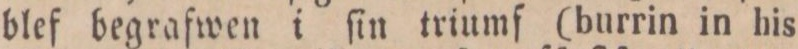
blef begrafwen i ſin triumf (burrin in his